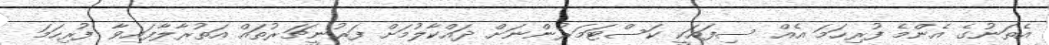
އެތަނުގެ އެންމެ ފުރިހަމަ އެއް ސިފައަކީ ކަސްޓަމަރުންނަށް ދައްކާލުމަށް ފަރުނީޗަރުތައް އަތުރާލާފައިވާ ފުރިހަމަ